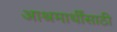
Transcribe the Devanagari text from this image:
आश्रमार्थींसाठी